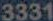
3331